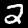
Label: 2